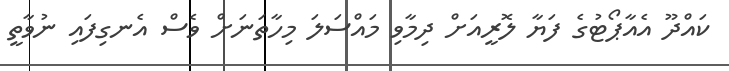
ކައްދޫ އެއާޕޯޓުގެ ފަޔާ ލޮރީއަށް ދިމާވި މައްސަލަ މިހާތަނަށް ވެސް އެނގިފައި ނުވާތީ